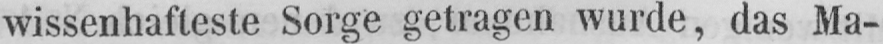
wissenhafteste Sorge getragen wurde, das Ma-